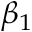
\beta _ { 1 }